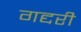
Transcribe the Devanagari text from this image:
गद्दरी